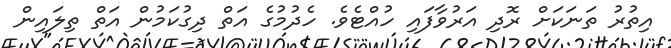
އިތުރު ތަނަކަށް ރޮދި އަރުވާފައި ހުއްޓެވެ. ހެދުމުގެ އަތް ދިގުކަމުން އަތް ތިލައިން